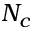
N _ { c }